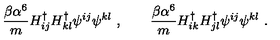
\frac { \beta \alpha ^ { 6 } } { m } H _ { i j } ^ { \dagger } H _ { k l } ^ { \dagger } \psi ^ { i j } \psi ^ { k l } \ , \qquad \frac { \beta \alpha ^ { 6 } } { m } H _ { i k } ^ { \dagger } H _ { j l } ^ { \dagger } \psi ^ { i j } \psi ^ { k l } \ .